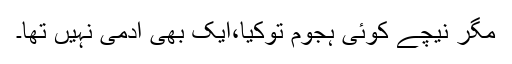
مگر نیچے کوئی ہجوم توکیا،ایک بھی آدمی نہیں تھا۔